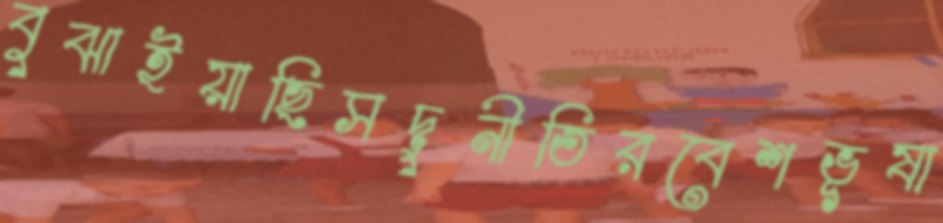
বুঝাইয়াছিসদুনীতিরবেশভূষা